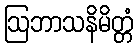
ဩဘာသနိမိတ္တံ